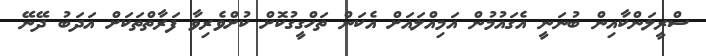
ސްރީލަންކާއިން ބުނަނީ އެގައުމުން އަމިއްލައަށް އެކަން ތަހްގީގުކޮށް ކުށްވެރިވާ ފަރާތްތަކަށް އަދަބު ދޭނޭ